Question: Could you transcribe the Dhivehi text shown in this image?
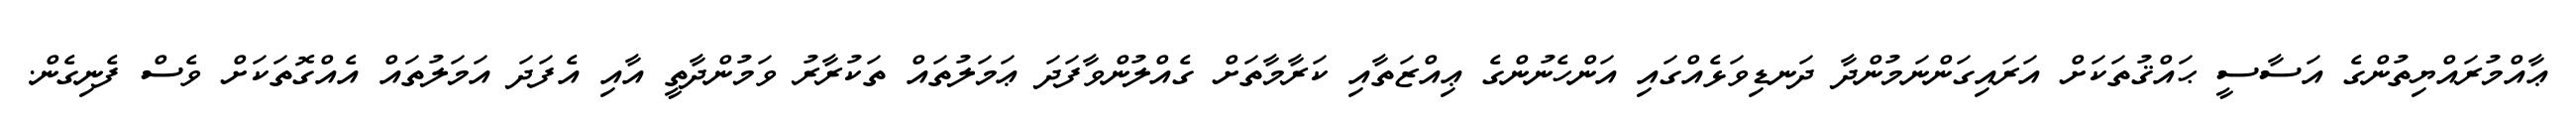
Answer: ޢާއްމުރައްޔިތުންގެ އަސާސީ ޙައްޤުތަކަށް އަރައިގަންނަމުންދާ ދަނޑިވަޅެއްގައި އަންހެނުންގެ ޢިއްޒަތާއި ކަރާމާތަށް ގެއްލުންވާފަދަ ޢަމަލުތައް ތަކުރާރު ވަމުންދާތީ އާއި އެފަދަ އަމަލުތައް އެއްގޮތަކަށް ވެސް ފެނިގެން.